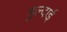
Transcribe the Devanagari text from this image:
हुल्दाई